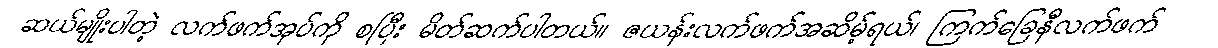
ဆယ်မျိုးပါတဲ့ လက်ဖက်အုပ်ကို စပြီး မိတ်ဆက်ပါတယ်။ ဇယန်းလက်ဖက်အဆိမ့်ရယ်၊ ကြက်ခြေနီလက်ဖက်